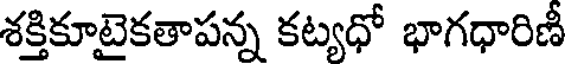
శక్తికూటైకతాపన్న కట్యధో భాగధారిణీ